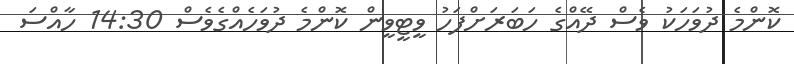
ކޮންމެ ދުވަހަކު ވެސް ދޭއްގެ ހަބަރަށްފަހު ވީޓީވީން ކޮންމެ ދުވަހެއްގެވެސް 14:30 ހާއްސަ